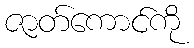
ဇာတ်ကောင်ကို